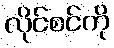
လိုင်စင်ကို